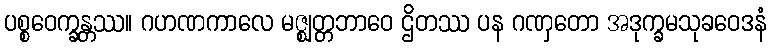
ပစ္စဝေက္ခန္တဿ။ ဂဟဏကာလေ မဇ္ဈတ္တဘာဝေ ဌိတဿ ပန ဂဏှတော အဒုက္ခမသုခဝေဒနံ